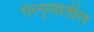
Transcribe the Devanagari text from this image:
गेरनृत्यातील